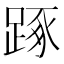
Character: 𨁿